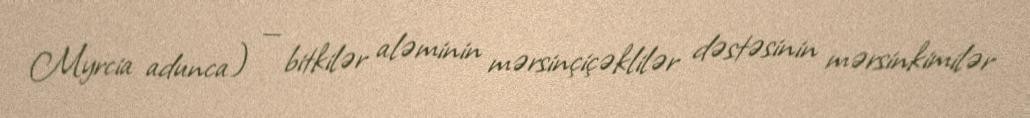
Myrcia adunca) — bitkilər aləminin mərsinçiçəklilər dəstəsinin mərsinkimilər